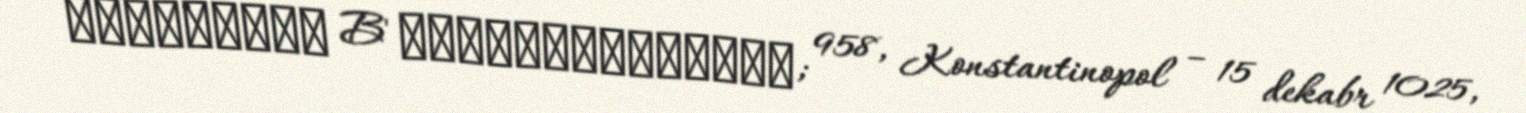
Βασίλειος B' Βουλγαροκτόνος; 958, Konstantinopol – 15 dekabr 1025,